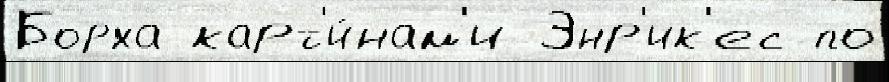
Борха карт'и́нам'и Энр'ик'ес по